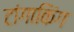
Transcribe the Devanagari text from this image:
टांगाकिंग